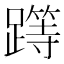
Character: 𨅸